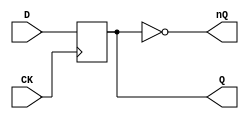
`timescale 1ns/1ns

module FDM(
	input CK,
	input D,
	output reg Q,
	output nQ
);

	initial
		Q <= 1'b0;

	always @(posedge CK)
		Q <= #2 D;
	
	assign nQ = ~Q;

endmodule